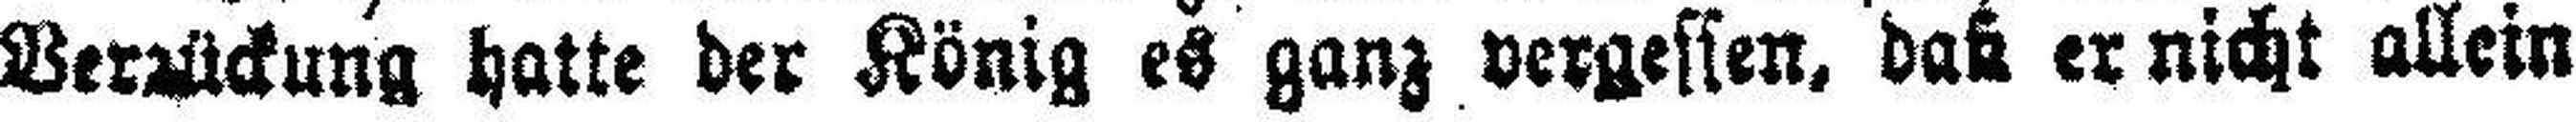
Verzückung hatte der König es ganz vergessen, daß er nicht allein